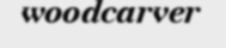
woodcarver